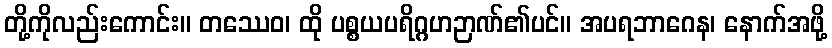
တို့ကိုလည်းကောင်း။ တဿေဝ၊ ထို ပစ္စယပရိဂ္ဂဟဉာဏ်၏ပင်။ အပရဘာဂေန၊ နောက်အဖို့